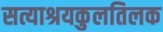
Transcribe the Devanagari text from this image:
सत्याश्रयकुलतिलक